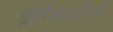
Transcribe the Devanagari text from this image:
मूर्तीसंदर्भातली